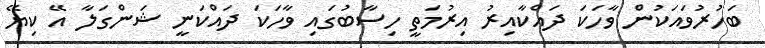
ބަހުރުވައަކުން ވާހަކަ ދައްކާއިރު އިރުމަތީ ހިސާބުގައި ވާހަކަ ދައްކަނީ ޝަންގަލާ އޭ ކިޔޭ